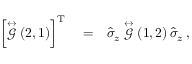
\begin{array} { r l r } { \left\lbrack \stackrel { \leftrightarrow } { \mathcal { G } } \left( 2 , 1 \right) \right\rbrack ^ { \mathrm { T } } } & { { } = } & { \hat { \sigma } _ { z } \stackrel { \leftrightarrow } { \mathcal { G } } \left( 1 , 2 \right) \hat { \sigma } _ { z } \, , } \end{array}